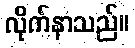
လိုက်နာသည်။